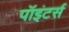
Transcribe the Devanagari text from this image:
पॉइंटर्स